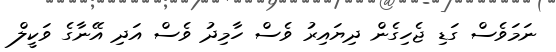
ނަމަވެސް ގަޑި ޖެހިގެން ދިޔައިރު ވެސް ހާމިދު ވެސް އަދި އޭނާގެ ވަކީލް